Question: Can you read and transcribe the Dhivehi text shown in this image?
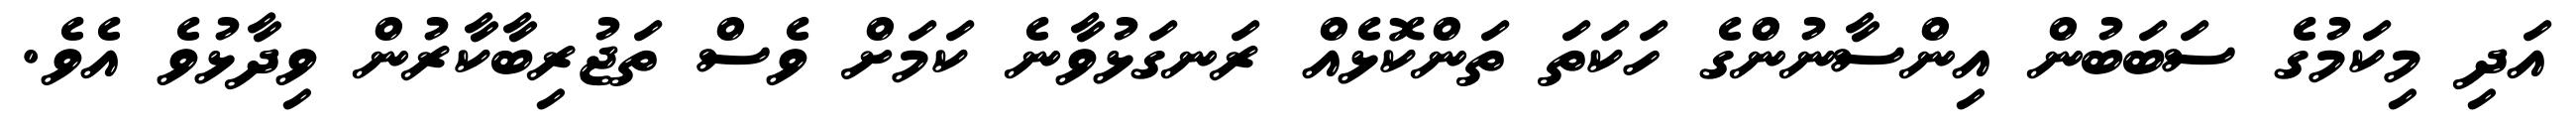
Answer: އަދި މިކަމުގެ ސަބަބުން އިންސާނުންގެ ހަކަތަ ތަންކޮޅެއް ރަނގަޅުވާނެ ކަމަށް ވެސް ތަޖުރިބާކާރުން ވިދާޅުވެ އެވެ.